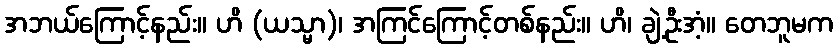
အဘယ်ကြောင့်နည်း။ ဟိ (ယသ္မာ)၊ အကြင်ကြောင့်တစ်နည်း။ ဟိ၊ ချဲ့ဦးအံ့။ တေဘူမက